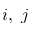
i , \; j